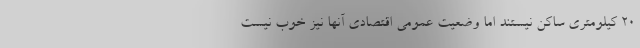
۲۰ کیلومتری ساکن نیستند اما وضعیت عمومی اقتصادی آنها نیز خوب نیست